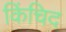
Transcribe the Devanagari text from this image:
किंचिद